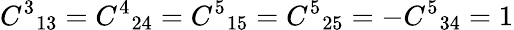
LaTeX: {C^{3}}_{13}={C^{4}}_{24}={C^{5}}_{15}={C^{5}}_{25}=-{C^{5}}_{34}=1